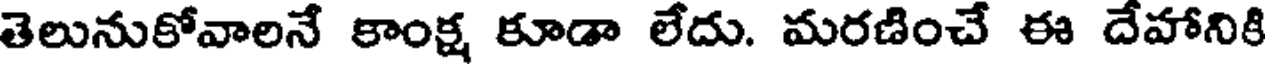
తెలునుకోవాలనే కాంక్ష కూడా లేదు. మరణించే ఈ దేహానికి